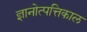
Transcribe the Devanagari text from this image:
ज्ञानोत्पत्तिकाल